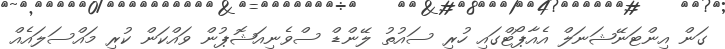
ގަން އިންޓަނޭޝަނަލް އެއާޕޯޓްގައި ހުރި ސައުތު ލޭންޑް ސްވެނިއަޝޮޕުން ވައްކަން ކުރި މައްސަލައެއް